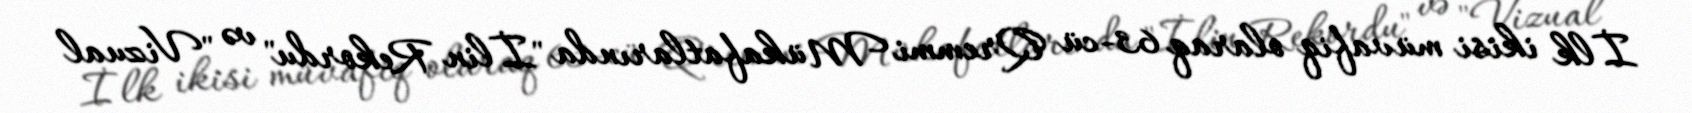
İlk ikisi müvafiq olaraq 63-cü Qremmi Mükafatlarında "İlin Rekordu" və "Vizual